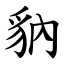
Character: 豽